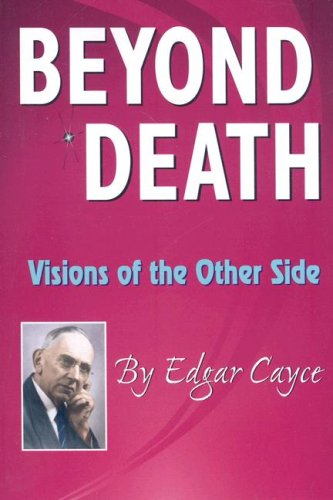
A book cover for Beyond Death: Visions of the Other Side (Edgar Cayce Series); Edgar Cayce; Self-Help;